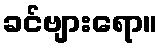
ခင်ဗျားရော။